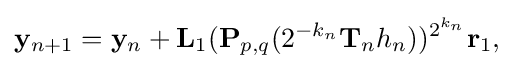
\mathbf {y} _{n+1}=\mathbf {y} _{n}+\mathbf {L} _{1}(\mathbf {P} _{p,q}(2^{-k_{n}}\mathbf {T} _{n}h_{n}))^{2^{k_{n}}}\mathbf {r} _{1}\mathbf {,}